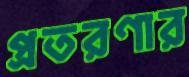
প্রতরণার